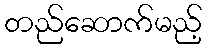
တည်ဆောက်မည့်